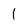
Character: 1